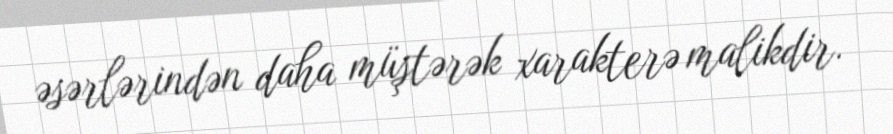
əsərlərindən daha müştərək xarakterə malikdir.